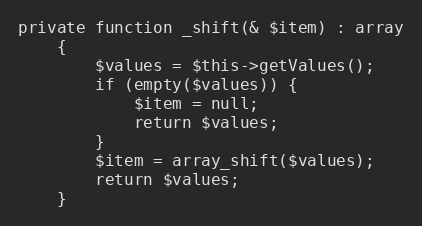
Language: PHP
private function _shift(& $item) : array
    {
        $values = $this->getValues();
        if (empty($values)) {
            $item = null;
            return $values;
        }
        $item = array_shift($values);
        return $values;
    }